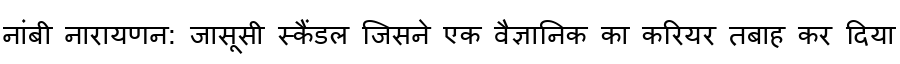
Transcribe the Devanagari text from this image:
नांबी नारायणन: जासूसी स्कैंडल जिसने एक वैज्ञानिक का करियर तबाह कर दिया